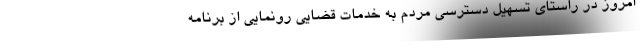
امروز در راستای تسهیل دسترسی مردم به خدمات قضایی رونمایی از برنامه